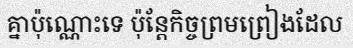
គ្នាប៉ុណ្ណោះទេ ប៉ុន្តែកិច្ចព្រមព្រៀងដែល